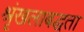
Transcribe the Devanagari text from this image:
श्रृंखलाबद्धता